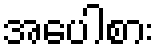
အပေါစား